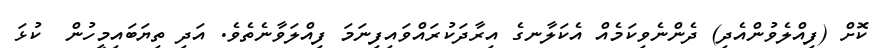
ކޮށް (ފިއްލެވުންއެދި) ދެންނެވިކަމެއް އެކަލާނގެ އިރާދަކުރައްވައިފިނަމަ ފިއްލަވާނެތެވެ. އަދި ތިޔަބައިމީހުން  ކުޅަ